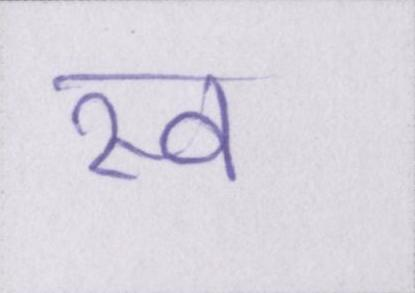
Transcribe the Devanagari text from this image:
स्व